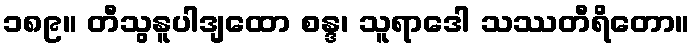
၁၈၉။ တီသွနူပါဒျထော စန္ဒ၊ သူရာဒေါ သဿတီရိတော။